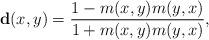
LaTeX: \begin{align*}\mathbf{d}(x,y) = \frac{ 1- m(x,y)m(y,x) }{ 1 + m(x,y)m(y,x) }, \end{align*}